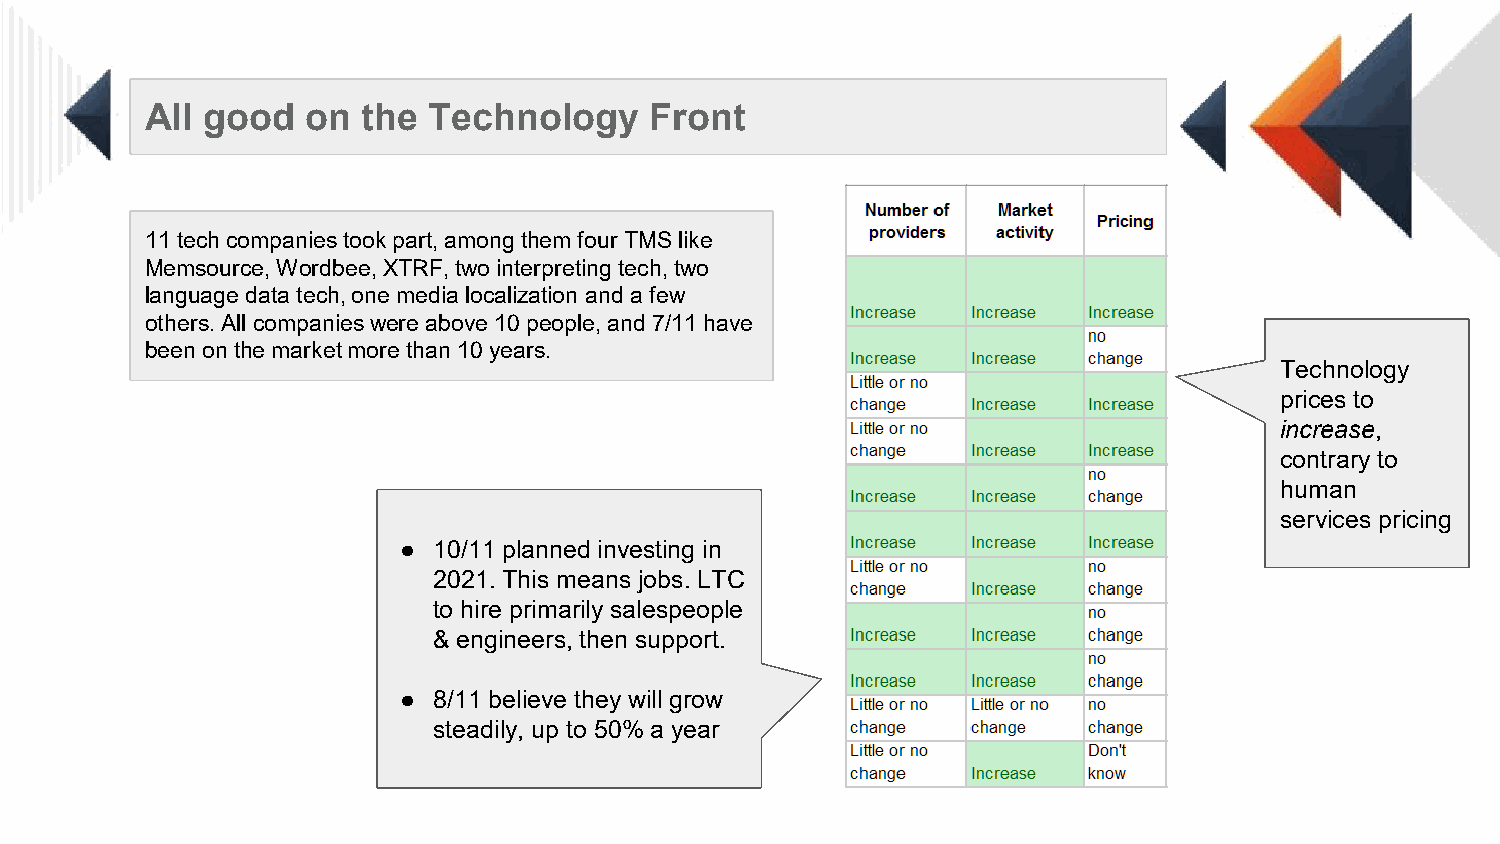
All good  on  the Technology     Front
 11 tech companies took part, among them four TMS like
 Memsource, Wordbee, XTRF, two interpreting tech, two
 language data tech, one media localization and a few
 others. All companies were above 10 people, and 7/11 have
 been on the market more than 10 years.
 Technology
 prices to
 increase,
 contrary to
 human
 services pricing
 ●  10/11 planned investing in
 2021. This means jobs. LTC
 to hire primarily salespeople
 & engineers, then support.
 ●  8/11 believe they will grow
 steadily, up to 50% a year